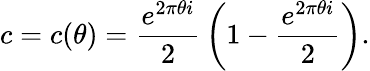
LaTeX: c=c(\theta)={\frac{e^{2\pi\theta i}}{2}}\left(1-{\frac{e^{2\pi\theta i}}{2}}\right).